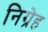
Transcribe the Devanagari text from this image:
निग्रेह